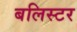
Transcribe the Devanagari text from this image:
बलिस्टर